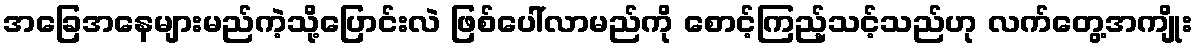
အခြေအနေများမည်ကဲ့သို့ပြောင်းလဲ ဖြစ်ပေါ်လာမည်ကို စောင့်ကြည့်သင့်သည်ဟု လက်တွေ့အကျိုး